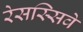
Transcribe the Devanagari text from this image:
रेसस्सिवे